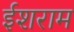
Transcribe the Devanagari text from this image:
ईशराम